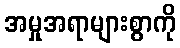
အမှုအရာများစွာကို